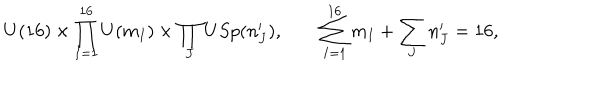
U ( 1 6 ) \times \prod _ { I = 1 } ^ { 1 6 } U ( m _ { I } ) \times \prod _ { J } U S p ( n _ { J } ^ { \prime } ) , \qquad \sum _ { I = 1 } ^ { 1 6 } m _ { I } + \sum _ { J } n _ { J } ^ { \prime } = 1 6 ,